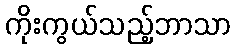
ကိုးကွယ်သည့်ဘာသာ